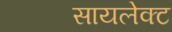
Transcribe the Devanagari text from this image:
सायलेक्ट